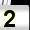
Digit: 2